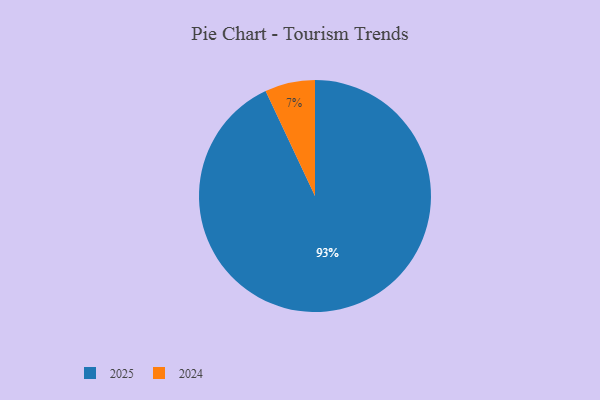
{"axis": {"x": "Category", "y": "Percentage"}, "legend": ["2024", "2025"], "data": [{"x": "2024", "y": 7, "type": "2024"}, {"x": "2025", "y": 93, "type": "2025"}]}